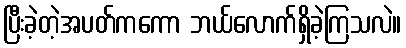
ပြီးခဲ့တဲ့အပတ်ကကော ဘယ်လောက်ရှိခဲ့ကြသလဲ။